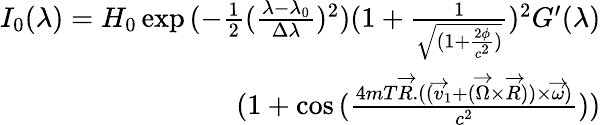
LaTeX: \begin{array}{r}{I_{0}(\lambda)=H_{0}\exp{(-\frac{1}{2}(\frac{\lambda-\lambda_{0}}{\Delta\lambda})^{2})(1+\frac{1}{\sqrt{(1+\frac{2\phi}{c^{2}})}})^{2}}G^{\prime}(\lambda)}\\ {(1+\cos{(\frac{4mT\overrightarrow{R}.((\overrightarrow{v}_{1}+(\overrightarrow{\Omega}\times\overrightarrow{R}))\times\overrightarrow{\omega})}{c^{2}})})}\end{array}